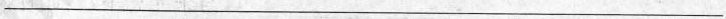
___